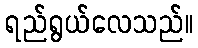
ရည်ရွယ်လေသည်။